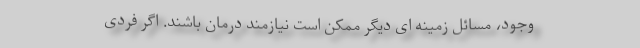
وجود، مسائل زمینه ای دیگر ممکن است نیازمند درمان باشند. اگر فردی